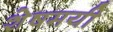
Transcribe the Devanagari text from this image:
शेषमयी